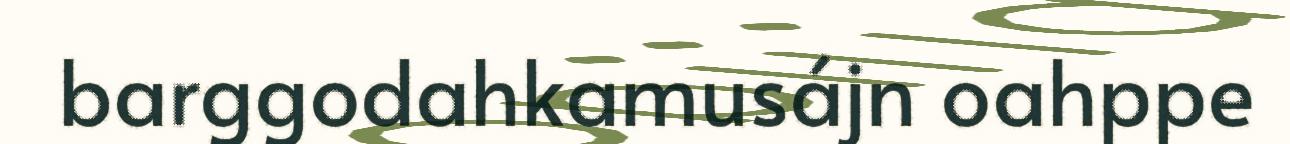
barggodahkamusájn oahppe